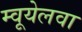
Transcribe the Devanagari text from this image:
म्वूयेलवा